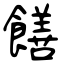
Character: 饍